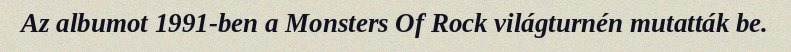
Az albumot 1991-ben a Monsters Of Rock világturnén mutatták be.